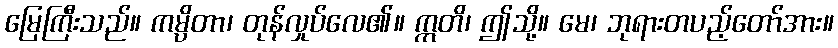
မြေကြီးသည်။ ကမ္ပိတာ၊ တုန်လှုပ်လေ၏။ ဣတိ၊ ဤသို့။ မေ၊ ဘုရားတပည့်တော်အား။